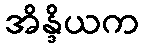
အိန္ဒိယက